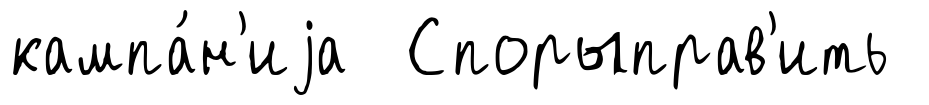
кампа́н'иjа Спорыправ'ить